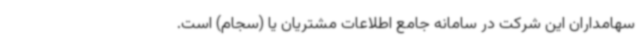
سهامداران این شرکت در سامانه جامع اطلاعات مشتریان یا (سجام) است.